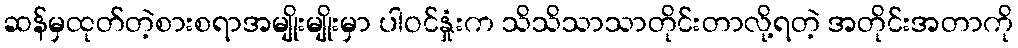
ဆန်မှထုတ်တဲ့စားစရာအမျိုးမျိုးမှာ ပါဝင်နှုံးက သိသိသာသာတိုင်းတာလို့ရတဲ့ အတိုင်းအတာကို